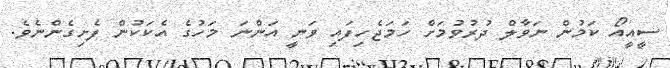
ސީއީއޯ ކަމުން ނަވާލް ދުރުވުމަށް ހަމަޖެހިފައި ވަނީ އަންނަ މަހުގެ އެކަކުން ފެށިގެންނެވެ.